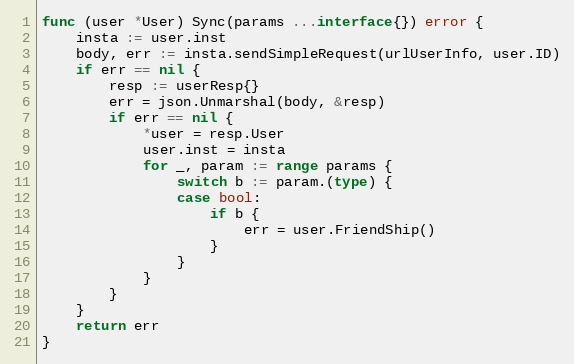
Language: Go
func (user *User) Sync(params ...interface{}) error {
	insta := user.inst
	body, err := insta.sendSimpleRequest(urlUserInfo, user.ID)
	if err == nil {
		resp := userResp{}
		err = json.Unmarshal(body, &resp)
		if err == nil {
			*user = resp.User
			user.inst = insta
			for _, param := range params {
				switch b := param.(type) {
				case bool:
					if b {
						err = user.FriendShip()
					}
				}
			}
		}
	}
	return err
}